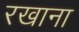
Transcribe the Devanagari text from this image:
रखाना